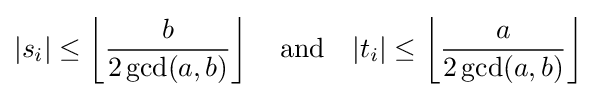
|s_{i}|\leq \left\lfloor {\frac {b}{2\gcd(a,b)}}\right\rfloor \quad {\text{and}}\quad |t_{i}|\leq \left\lfloor {\frac {a}{2\gcd(a,b)}}\right\rfloor